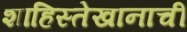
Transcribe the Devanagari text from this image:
शाहिस्तेखानाचीं